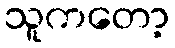
သူကတော့